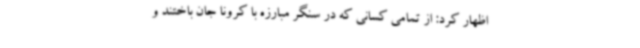
اظهار کرد: از تمامی کسانی که در سنگر مبارزه با کرونا جان باختند و